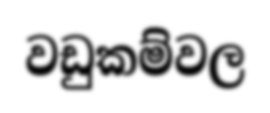
වඩුකම්වල